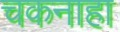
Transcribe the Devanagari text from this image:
चकनाहा